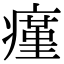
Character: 瘽